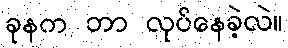
ခုနက ဘာ လုပ်နေခဲ့လဲ။